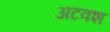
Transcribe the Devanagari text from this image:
अटवश